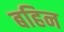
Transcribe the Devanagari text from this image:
बहिन